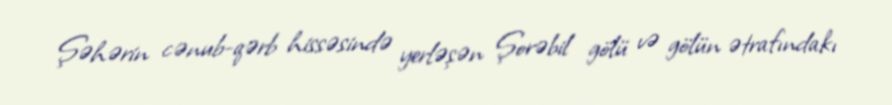
Şəhərin cənub-qərb hissəsində yerləşən Şorəbil gölü və gölün ətrafındakı